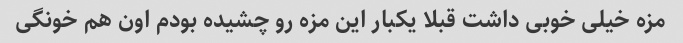
مزه خیلی خوبی داشت قبلا یکبار این مزه رو چشیده بودم اون هم خونگی